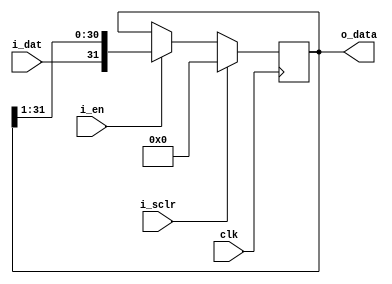
`ifndef _shift_right_register
`define _shift_right_register

module shift_right_register #(
  parameter BITS = 32
) (
  input wire clk, i_sclr, i_en, i_dat,
  output wire [BITS-1:0] o_data
);

  reg [BITS-1:0] s_bits;
  always @(posedge clk) begin
    if (i_sclr) begin
      s_bits <= {BITS{1'b0}};
    end else if (i_en) begin
      s_bits <= {i_dat, s_bits[BITS-1:1]};
    end
  end
  assign o_data = s_bits;
endmodule

`endif